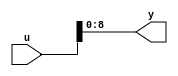
module velocityControlHdl_MATLAB_Function_block
          (
           u,
           y
          );


  input   [17:0] u;  // ufix18
  output  [8:0] y;  // ufix9




  //MATLAB Function 'Sin_Cos/Mark_Extract_Bits1/MATLAB Function': '<S39>:1'
  // Non-tunable mask parameter
  //'<S39>:1:8'
  //'<S39>:1:10'
  assign y = u[8:0];
  //'<S39>:1:14'



endmodule